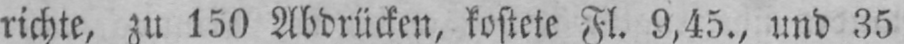
richte, zu 150 Abdrücken, kostete Fl. 9,45., und 35